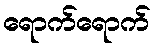
ရောက်ရောက်